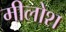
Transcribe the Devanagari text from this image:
मीलोश